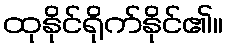
ထုနိုင်ရိုက်နိုင်၏။